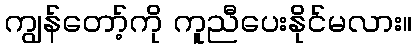
ကျွန်တော့်ကို ကူညီပေးနိုင်မလား။